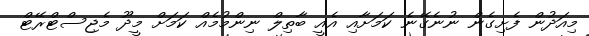
މިއަދުން ފެށިގެން ނުނެގޭނެ ކަމަށާއި އެއީ ބާތިލް ނިންމުމެއް ކަމަށް މީދޫ މެޖިސްޓްރޭޓް